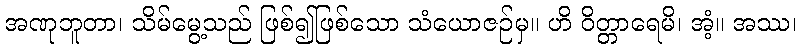
အဏုဘူတာ၊ သိမ်မွေ့သည် ဖြစ်၍ဖြစ်သော သံယောဇဉ်မှ။ ဟိ ဝိတ္တာရေမိ၊ အံ့။ အဿ၊